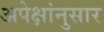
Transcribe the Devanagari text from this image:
अपेक्षांनुसार